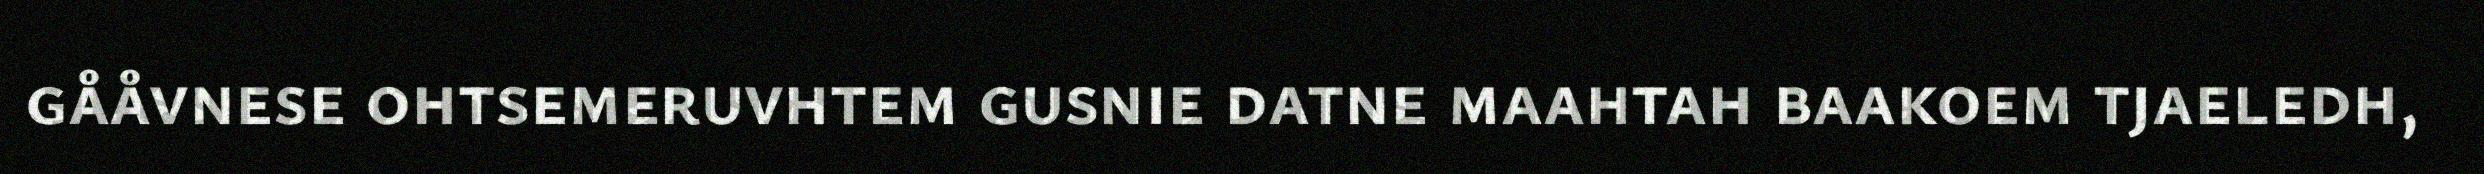
gååvnese ohtsemeruvhtem gusnie datne maahtah baakoem tjaeledh,